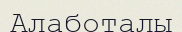
Алаботалы